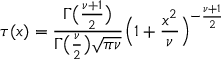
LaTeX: \tau ( x ) = { \frac { \Gamma { \bigl ( } { \frac { \nu + 1 } { 2 } } { \bigr ) } } { \Gamma { \bigl ( } { \frac { \nu } { 2 } } { \bigr ) } { \sqrt { \pi \nu } } } } { \Bigl ( } 1 + { \frac { x ^ { 2 } } { \nu } } { \Bigr ) } ^ { - { \frac { \nu + 1 } { 2 } } }